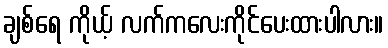
ချစ်ရေ ကိုယ့် လက်ကလေးကိုင်ပေးထားပါလား။